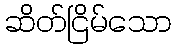
ဆိတ်ငြိမ်သော